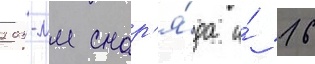
203-мм снар'я́да и́ 16